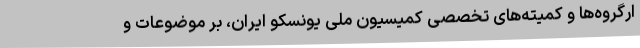
ارگروه‌ها و کمیته‌های تخصصی کمیسیون ملی یونسکو ایران، بر موضوعات و